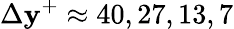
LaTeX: \Delta\mathbf{y}^{+}\approx40,27,13,7